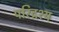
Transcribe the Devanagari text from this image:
परिद्रश्य